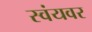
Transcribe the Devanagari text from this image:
स्वंयवर